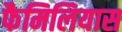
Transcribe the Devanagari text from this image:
फैमिलियास